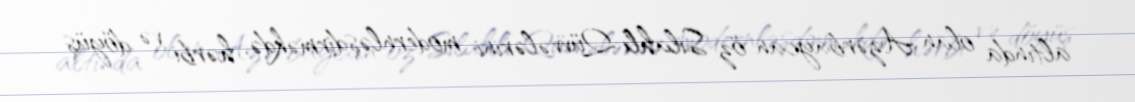
altında olan Azərbaycan öz Silahlı Qüvvələrini modernləşdirməkdə, hərbi və döyüş